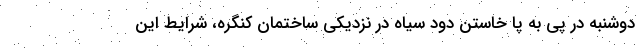
دوشنبه در پی به پا خاستن دود سیاه در نزدیکی ساختمان کنگره، شرایط این